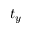
t _ { y }